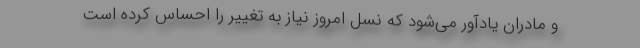
و مادران یادآور می‌شود که نسل امروز نیاز به تغییر را احساس کرده است